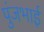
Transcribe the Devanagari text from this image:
पुंजभाई